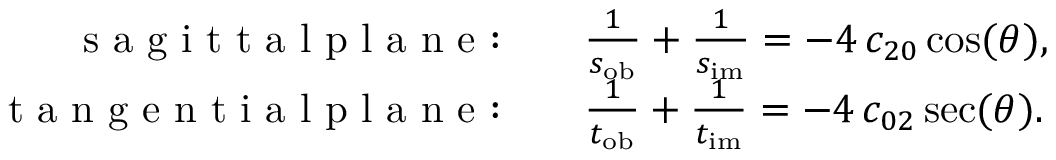
\begin{array} { r l } { \mathrm { ~ s ~ a ~ g ~ i ~ t ~ t ~ a ~ l ~ p ~ l ~ a ~ n ~ e ~ } { : } \quad } & { { } \frac { 1 } { s _ { \mathrm { o b } } } + \frac { 1 } { s _ { \mathrm { i m } } } = - 4 \, c _ { 2 0 } \cos ( \theta ) , } \\ { \mathrm { ~ t ~ a ~ n ~ g ~ e ~ n ~ t ~ i ~ a ~ l ~ p ~ l ~ a ~ n ~ e ~ } { : } \quad } & { { } \frac { 1 } { t _ { \mathrm { o b } } } + \frac { 1 } { t _ { \mathrm { i m } } } = - 4 \, c _ { 0 2 } \sec ( \theta ) . } \end{array}